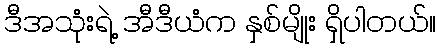
ဒီအသုံးရဲ့ အီဒီယံက နှစ်မျိုး ရှိပါတယ်။